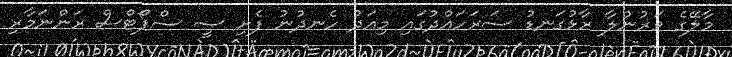
މާލޭގެ ވަރުނުލާ ރާޅުގަނޑު ސަރަހައްދުގައި މިއަދު ހެނދުނު ފެށި ސީ ސްޕޯޓްސް ރަންނަމާރި